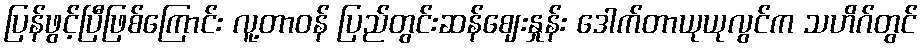
ပြန်ဖွင့်ပြီဖြစ်ကြောင်း လူ့တာဝန် ပြည်တွင်းဆန်ဈေးနှုန်း ဒေါက်တာယုယုလွင်က သဟိဂ်တွင်